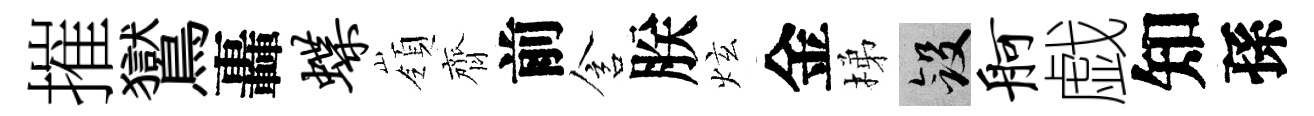
摧鸑轟蝶嶺齊前含朕炫金梯斂舸戯知孫